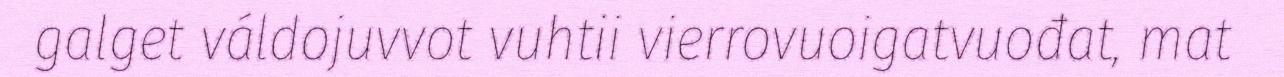
galget váldojuvvot vuhtii vierrovuoigatvuođat, mat